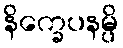
နိက္ခေပနမ္ပိ